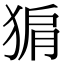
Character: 猏